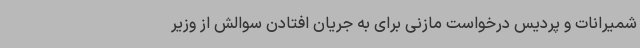
شمیرانات و پردیس درخواست مازنی برای به جریان افتادن سوالش از وزیر